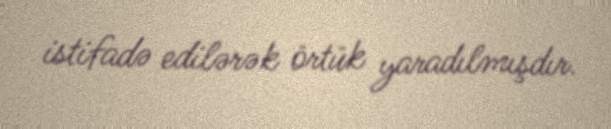
istifadə edilərək örtük yaradılmışdır.